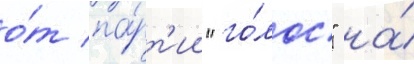
о́т па́рт'ии "го́лос" на́